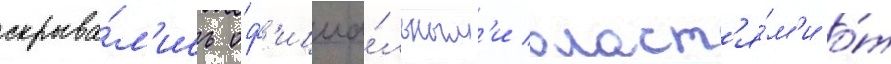
скрыва́л'ись оф'ициа́льным'и власт'я́м'и о́т